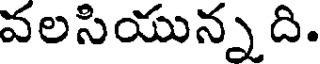
వలసియున్నది.